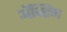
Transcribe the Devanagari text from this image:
अॅक्टिंग